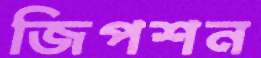
জিপশন